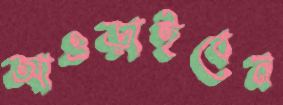
আওড়াইবেন